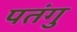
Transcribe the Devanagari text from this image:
पतंगु